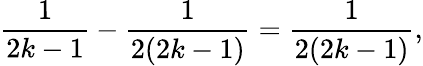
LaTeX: {\frac{1}{2k-1}}-{\frac{1}{2(2k-1)}}={\frac{1}{2(2k-1)}},